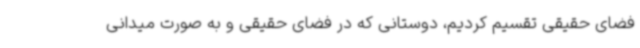
فضای حقیقی تقسیم کردیم، دوستانی که در فضای حقیقی و به صورت میدانی